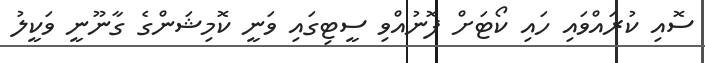
ސޮއި ކުރައްވައި ހައި ކޯޓަށް ފޮނުއްވި ސީޓިގައި ވަނީ ކޮމިޝަންގެ ގާނޫނީ ވަކީލު